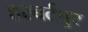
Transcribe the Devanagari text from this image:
हरबर्टपुर